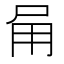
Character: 𭺸